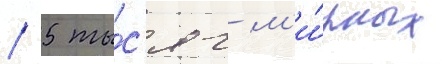
/ 5 ты́с'яч м'и́рных